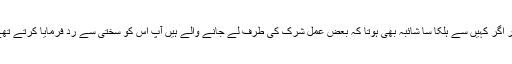
پھر اگر کہیں سے ہلکا سا شائبہ بھی ہوتا کہ بعض عمل شرک کی طرف لے جانے والے ہیں آپؐ اس کو سختی سے رد فرمایا کرتے تھے۔